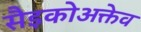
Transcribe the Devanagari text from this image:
सैइकोअक्तेव